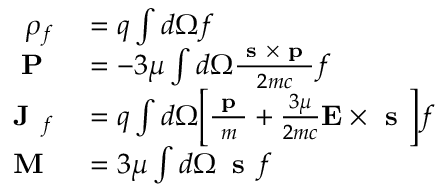
\begin{array} { r l } { \rho _ { f } } & { { } = q \int d \Omega f } \\ { \textbf { P } } & { { } = - 3 \mu \int d \Omega \frac { \textbf { s } \times \textbf { p } } { 2 m c } f } \\ { \textbf { J } _ { f } } & { { } = q \int d \Omega \Big [ \frac { \textbf { p } } { m } + \frac { 3 \mu } { 2 m c } \mathbf { E } \times \textbf { s } \Big ] f } \\ { \textbf { M } } & { { } = 3 \mu \int d \Omega \, \textbf { s } f } \end{array}